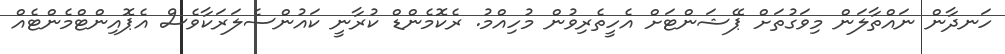
ހަނދާން ނައްތާލަން މިވަގުތަށް ޕޭޝަންޓަށް އެހީތެރިވުން މުހިއްމު. ރެކޮމެންޑް ކުރާނީ ކައުންސެލަރަކާވެސް އެޕޮއިންޓްމެންޓެއް